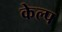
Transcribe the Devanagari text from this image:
केल्प